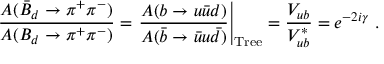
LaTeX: \frac { A ( \bar { B } _ { d } \to \pi ^ { + } \pi ^ { - } ) } { A ( B _ { d } \to \pi ^ { + } \pi ^ { - } ) } = \left. \frac { A ( b \to u \bar { u } d ) } { A ( \bar { b } \to \bar { u } u \bar { d } ) } \right| _ { \mathrm { T r e e } } = \frac { V _ { u b } } { V _ { u b } ^ { * } } = e ^ { - 2 i \gamma } ~ .